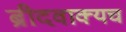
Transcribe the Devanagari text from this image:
ब्रीदवाक्यच